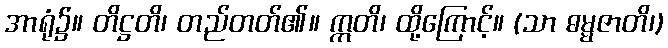
အာရုံ၌။ တိဋ္ဌတိ၊ တည်တတ်၏။ ဣတိ၊ ထို့ကြောင့်။ (သာ ဓမ္မဇာတိ၊)